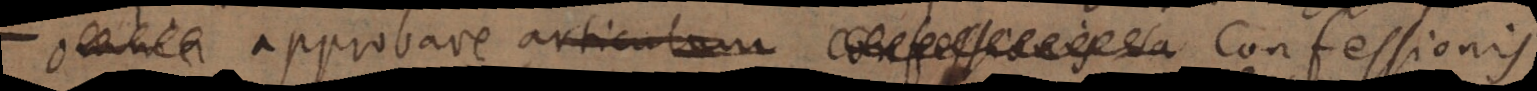
omnia approbare articulum Confessionis